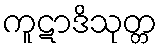
ကူဋာဒိသုတ္တ